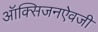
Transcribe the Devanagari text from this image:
ऑक्सिजनऐवजी